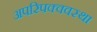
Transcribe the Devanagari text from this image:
अपरिपक्ववस्था